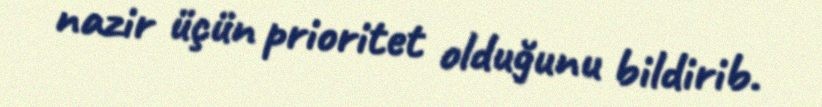
nazir üçün prioritet olduğunu bildirib.